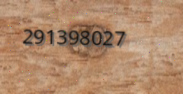
291398027